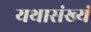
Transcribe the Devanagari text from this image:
यथासंख्यं